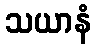
သယာနံ